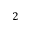
2